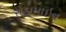
રોડામાઇન